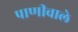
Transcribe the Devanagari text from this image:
पाणीवाले